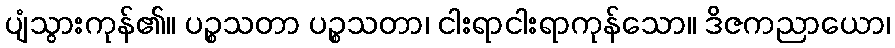
ပျံသွားကုန်၏။ ပဉ္စသတာ ပဉ္စသတာ၊ ငါးရာငါးရာကုန်သော။ ဒိဇကညာယော၊